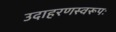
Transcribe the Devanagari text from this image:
उदाहरणस्वरूपः